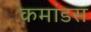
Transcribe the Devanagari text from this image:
कमांडस